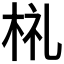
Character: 𣑶